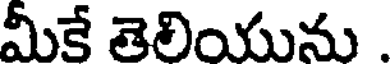
మీకే తెలియును .